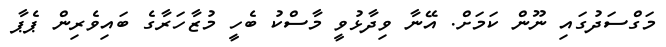
މަގްސަދުގައި ނޫން ކަމަށް. އޭނާ ވިދާޅުވީ މާސްކު ބެހީ މުޒާހަރާގެ ބައިވެރިން ޕެޕާ